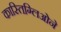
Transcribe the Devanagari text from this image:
कास्तिग्लिओने